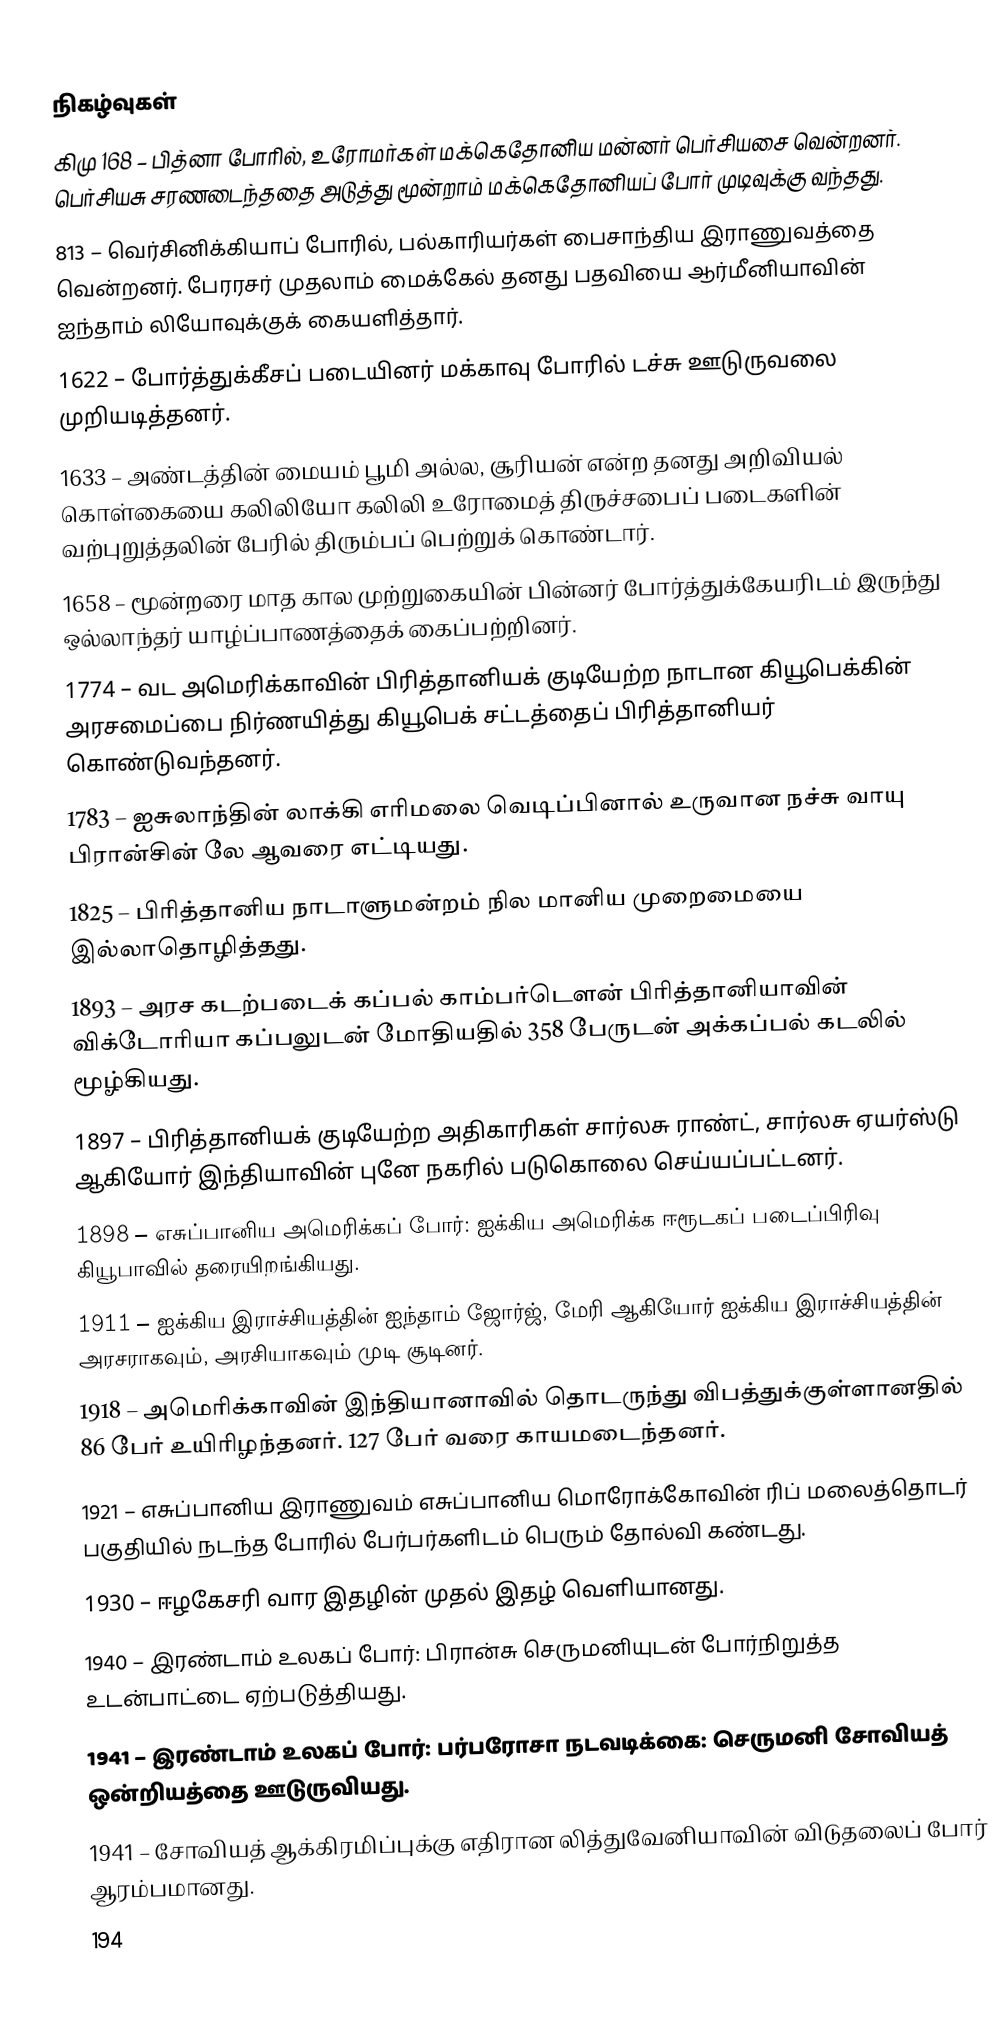

நிகழ்வுகள்
கிமு 168 – பித்னா போரில், உரோமர்கள் மக்கெதோனிய மன்னர் பெர்சியசை வென்றனர். பெர்சியசு சரணடைந்ததை அடுத்து மூன்றாம் மக்கெதோனியப் போர் முடிவுக்கு வந்தது.
813 – வெர்சினிக்கியாப் போரில், பல்காரியர்கள் பைசாந்திய இராணுவத்தை வென்றனர். பேரரசர் முதலாம் மைக்கேல் தனது பதவியை ஆர்மீனியாவின் ஐந்தாம் லியோவுக்குக் கையளித்தார்.
1622 – போர்த்துக்கீசப் படையினர் மக்காவு போரில் டச்சு ஊடுருவலை முறியடித்தனர்.
1633 – அண்டத்தின் மையம் பூமி அல்ல, சூரியன் என்ற தனது அறிவியல் கொள்கையை கலிலியோ கலிலி உரோமைத் திருச்சபைப் படைகளின் வற்புறுத்தலின் பேரில் திரும்பப் பெற்றுக் கொண்டார்.
1658 – மூன்றரை மாத கால முற்றுகையின் பின்னர் போர்த்துக்கேயரிடம் இருந்து ஒல்லாந்தர் யாழ்ப்பாணத்தைக் கைப்பற்றினர்.
1774 – வட அமெரிக்காவின் பிரித்தானியக் குடியேற்ற நாடான கியூபெக்கின் அரசமைப்பை நிர்ணயித்து கியூபெக் சட்டத்தைப் பிரித்தானியர் கொண்டுவந்தனர்.
1783 – ஐசுலாந்தின் லாக்கி எரிமலை வெடிப்பினால் உருவான நச்சு வாயு பிரான்சின் லே ஆவரை எட்டியது.
1825 – பிரித்தானிய நாடாளுமன்றம் நில மானிய முறைமையை இல்லாதொழித்தது.
1893 – அரச கடற்படைக் கப்பல் காம்பர்டௌன் பிரித்தானியாவின் விக்டோரியா கப்பலுடன் மோதியதில் 358 பேருடன் அக்கப்பல் கடலில் மூழ்கியது.
1897 – பிரித்தானியக் குடியேற்ற அதிகாரிகள் சார்லசு ராண்ட், சார்லசு ஏயர்ஸ்டு ஆகியோர் இந்தியாவின் புனே நகரில் படுகொலை செய்யப்பட்டனர்.
1898 – எசுப்பானிய அமெரிக்கப் போர்: ஐக்கிய அமெரிக்க ஈரூடகப் படைப்பிரிவு கியூபாவில் தரையிறங்கியது.
1911 – ஐக்கிய இராச்சியத்தின் ஐந்தாம் ஜோர்ஜ், மேரி ஆகியோர் ஐக்கிய இராச்சியத்தின் அரசராகவும், அரசியாகவும் முடி சூடினர்.
1918 – அமெரிக்காவின் இந்தியானாவில் தொடருந்து விபத்துக்குள்ளானதில் 86 பேர் உயிரிழந்தனர். 127 பேர் வரை காயமடைந்தனர்.
1921 – எசுப்பானிய இராணுவம் எசுப்பானிய மொரோக்கோவின் ரிப் மலைத்தொடர் பகுதியில் நடந்த போரில் பேர்பர்களிடம் பெரும் தோல்வி கண்டது.
1930 – ஈழகேசரி வார இதழின் முதல் இதழ் வெளியானது.
1940 – இரண்டாம் உலகப் போர்: பிரான்சு செருமனியுடன் போர்நிறுத்த உடன்பாட்டை ஏற்படுத்தியது.
1941 – இரண்டாம் உலகப் போர்: பர்பரோசா நடவடிக்கை: செருமனி சோவியத் ஒன்றியத்தை ஊடுருவியது.
1941 – சோவியத் ஆக்கிரமிப்புக்கு எதிரான லித்துவேனியாவின் விடுதலைப் போர் ஆரம்பமானது.
194